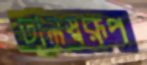
ঢালস্বরূপ